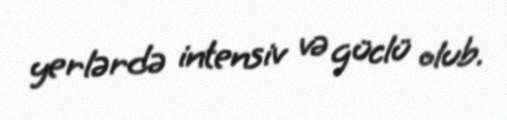
yerlərdə intensiv və güclü olub.